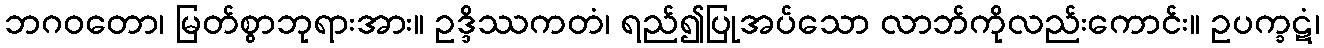
ဘဂဝတော၊ မြတ်စွာဘုရားအား။ ဥဒ္ဒိဿကတံ၊ ရည်၍ပြုအပ်သော လာဘ်ကိုလည်းကောင်း။ ဥပက္ခဋံ၊